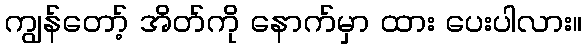
ကျွန်တော့် အိတ်ကို နောက်မှာ ထား ပေးပါလား။